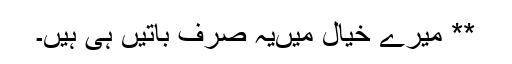
** میرے خیال میںیہ صرف باتیں ہی ہیں۔